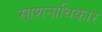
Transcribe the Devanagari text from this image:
साशनाधिकार